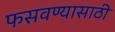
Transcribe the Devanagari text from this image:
फसवण्यासाठी